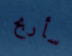
سأربح